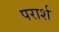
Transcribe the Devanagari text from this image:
परार्श